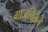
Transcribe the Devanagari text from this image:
गाजविलेले